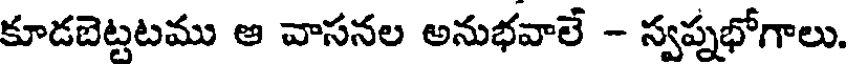
కూడబెట్టటము ఆ వాసనల అనుభవాలే - స్వప్నభోగాలు.